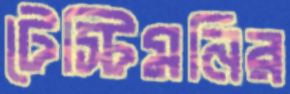
টেস্টিমনির